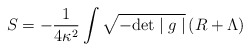
\begin{align*}S=-\frac{1}{4\kappa^2}\int \sqrt{-\mbox{det}\mid g\mid }\,(R +\Lambda)\end{align*}